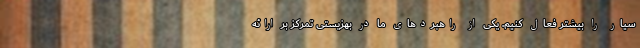
سیار را بیشتر فعال کنیم. یکی از راهبردهای ما در بهزیستی تمرکز بر ارائه